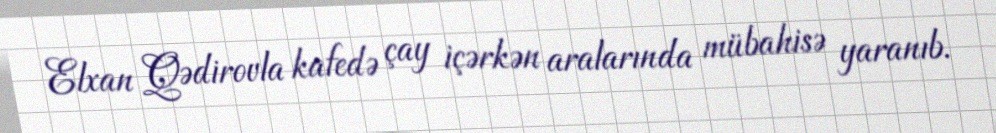
Elxan Qədirovla kafedə çay içərkən aralarında mübahisə yaranıb.